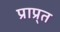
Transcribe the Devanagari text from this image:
प्राप्र्त